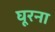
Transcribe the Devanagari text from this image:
घूरना